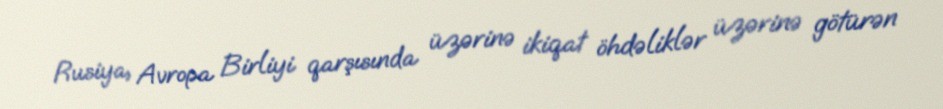
Rusiya, Avropa Birliyi qarşısında üzərinə ikiqat öhdəliklər üzərinə götürən